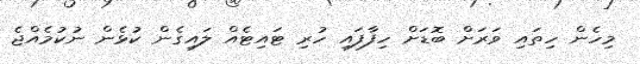
މިހެން ހިތައި ވަރަށް ބޮޑަށް ހިފާފައި ހުރި ޓައިޓެއް ލައިގެން ކުޅެން ނުކުމެއްޖެ